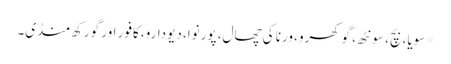
* سویا، بچ، سونٹھ، گوکھرو، ورنا کی چھال، پورنوا، دیودارو، کافور اور گورکھ منڈی۔